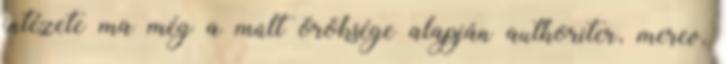
intézete ma még a múlt öröksége alapján authoriter, merev,